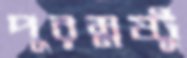
পুরম্নষ্টু